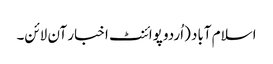
اسلام آباد (اُردو پوائنٹ اخبار آن لائن۔